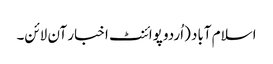
اسلام آباد (اُردو پوائنٹ اخبار آن لائن۔